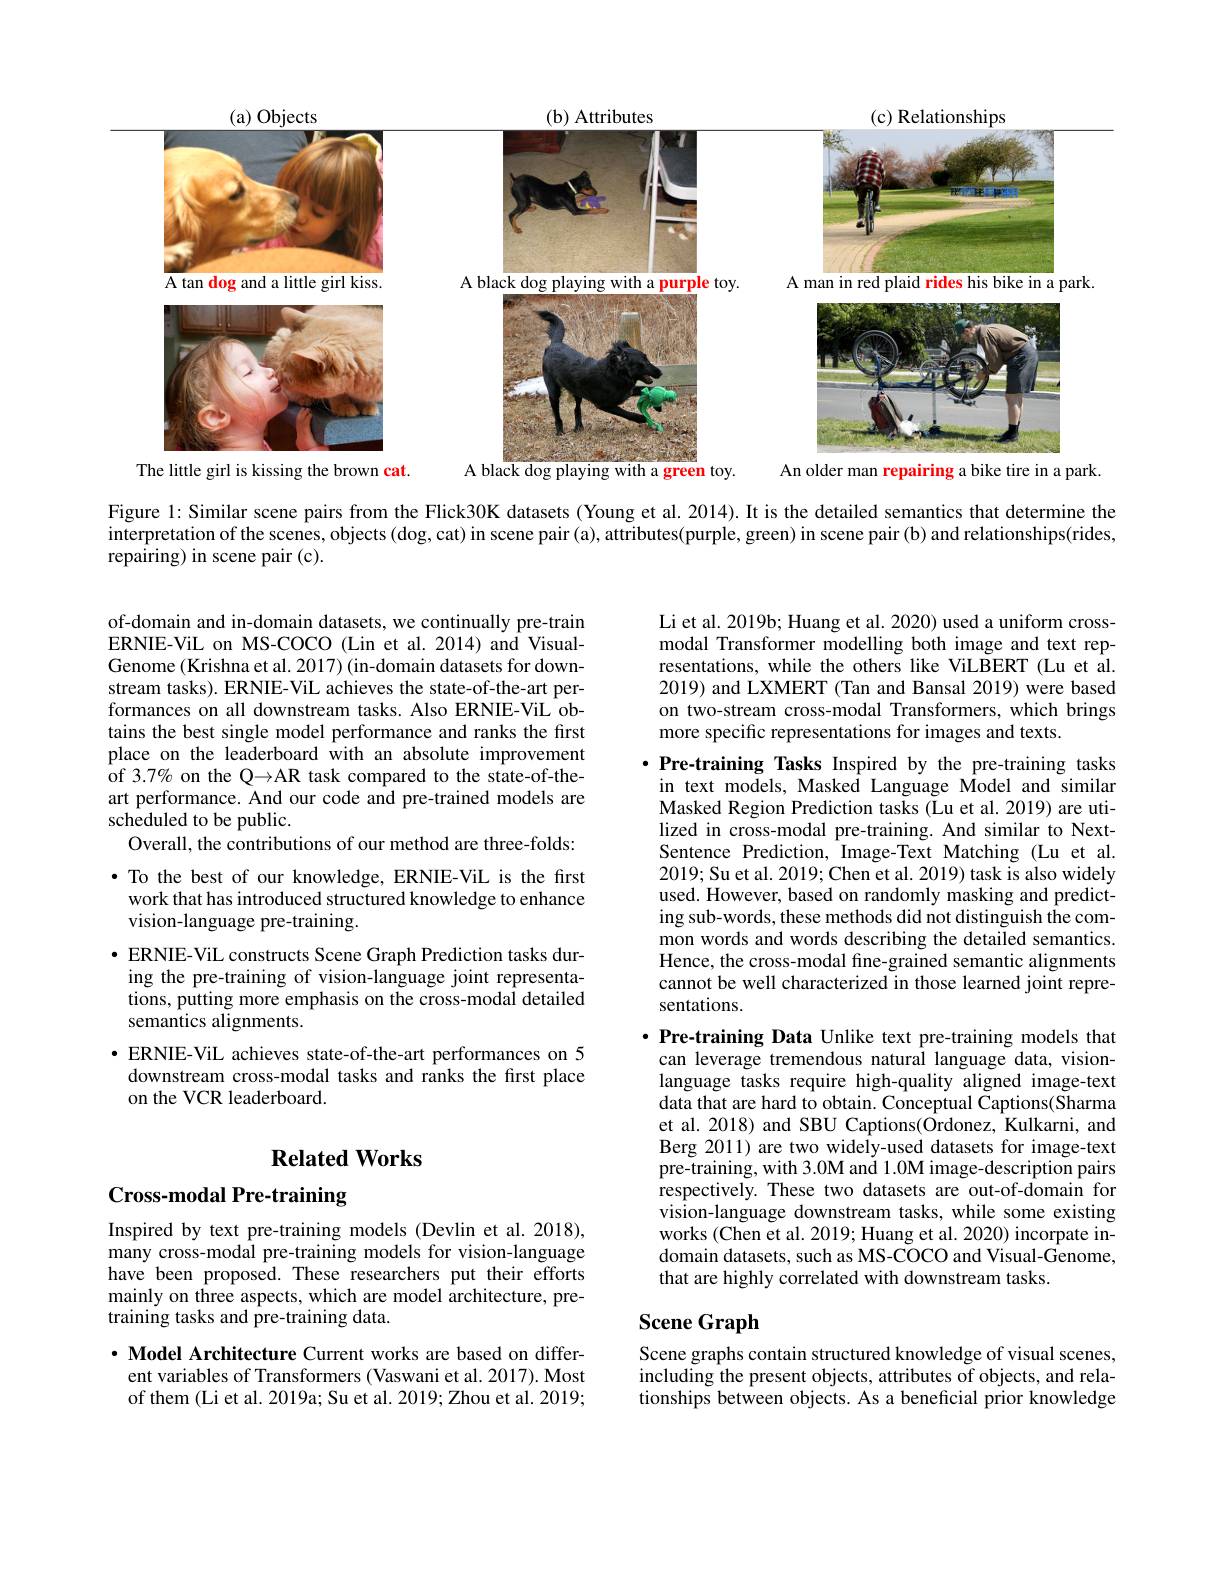
<FigureHere>

Figure 1: Similar scene pairs from the Flick30K datasets (Young et al.2014). It is the detailed semantics that determine the

interpretation of the scenes, objects (dog, cat) in scene pair (a), attributes(purple, green) in scene pair (b) and relationships(rides,

repairing) in scene pair (c).

Li et al. 2019b; Huang et al. 2020) used a uniform crossmodal Transformer modelling both image and text representations, while the others like ViLBERT (Lu et al. 2019) and LXMERT (Tan and Bansal 2019) were based on two-stream cross-modal Transformers, which brings more specific representations for images and texts.

of-domain and in-domain datasets, we continually pre-train ERNIE-ViL on MS-COCO (Lin et al.2014) and VisualGenome (Krishna et al. 2017) (in-domain datasets for downstream tasks). ERNIE-ViL achieves the state-of-the-art performances on all downstream tasks. Also ERNIE-ViL obtains the best single model performance and ranks the first place on the leaderboard with an absolute improvement of 3.7% on the Q→AR task compared to the state-of-theart performance. And our code and pre-trained models are scheduled to be public.
Overall, the contributions of our method are three-folds: ·To the best of our knowledge, ERNIE-ViL is the first work that has introduced structured knowledge to enhance vision-language pre-training.
· ERNIE- ViL constructs Scene Graph Prediction tasks during the pre-training of vision-language joint representations, putting more emphasis on the cross-modal detailed semantics alignments.
$\bullet$ ERNIE-ViL achieves state-of-the-art performances on 5
downstream cross-modal tasks and ranks the first place
on the VCR leaderboard.

$\cdot$ Pre-training Tasks Inspired by the pre-training tasks in text models, Masked Language Model and similar Masked Region Prediction tasks (Lu et al. 2019) are utilized in cross-modal pre-training. And similar to NextSentence Prediction, Image-Text Matching (Lu et al. 2019; Su et al. 2019; Chen et al. 2019) task is also widely used. However, based on randomly masking and predicting sub-words, these methods did not distinguish the common words and words describing the detailed semantics. Hence, the cross-modal fine-grained semantic alignments cannot be well characterized in those learned joint representations.

## $\textbf{Related Works}$

$\cdot$ Pre-training Data Unlike text pre-training models that can leverage tremendous natural language data, visionlanguage tasks require high-quality aligned image-text data that are hard to obtain. Conceptual Captions(Sharma et al. 2018) and SBU Captions(Ordonez, Kulkarni, and Berg 2011) are two widely-used datasets for image-text pre-training, with 3.0M and 1.0M image-description pairs respectively. These two datasets are out-of-domain for vision-language downstream tasks, while some existing works (Chen et al. 2019; Huang et al. 2020) incorpate indomain datasets, such as MS-COCO and Visual-Genome, that are highly correlated with downstream tasks.

Cross-modal Pre-training

Inspired by text pre-training models (Devlin et al.2018), many cross-modal pre-training models for vision-language have been proposed. These researchers put their efforts mainly on three aspects, which are model architecture, pretraining tasks and pre-training data.

## Scene Graph

$\cdot$ Model Architecture Current works are based on different variables of Transformers (Vaswani et al. 2017). Most of them (Li et al. 2019a; Su et al. 2019; Zhou et al. 2019;

Scene graphs contain structured knowledge of visual scenes, including the present objects, attributes of objects, and relationships between objects. As a beneficial prior knowledge